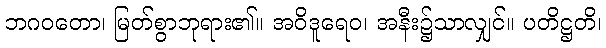
ဘဂဝတော၊ မြတ်စွာဘုရား၏။ အဝိဒူရေဝ၊ အနီး၌သာလျှင်။ ပတိဋ္ဌတိ၊